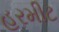
હરમીટ